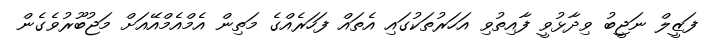
ފަޒީލް ނަޖީބު ވިދާޅުވީ ފާއިތުވި އަހަރުތަކުގައި އެތައް ފަހަރެއްގެ މަތިން އެމްއެމްއޭއަށް މަޖުބޫރުވެގެން